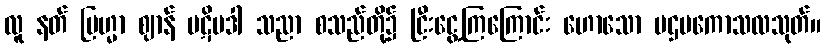
လူ နတ် ဗြဟ္မာ ဈာန် ပဋိပဒါ သညာ စသည်တို့၌ ငြီးငွေ့ကြကြောင်း ဟောသော ပဌမကောသလသုတ်။